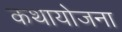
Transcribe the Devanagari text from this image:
कथायोजना